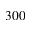
3 0 0